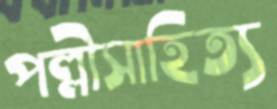
পল্লীসাহিত্য